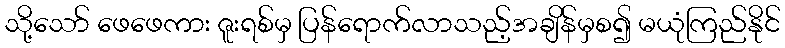
သို့သော် ဖေဖေကား ဇူးရစ်မှ ပြန်ရောက်လာသည့်အချိန်မှစ၍ မယုံကြည်နိုင်